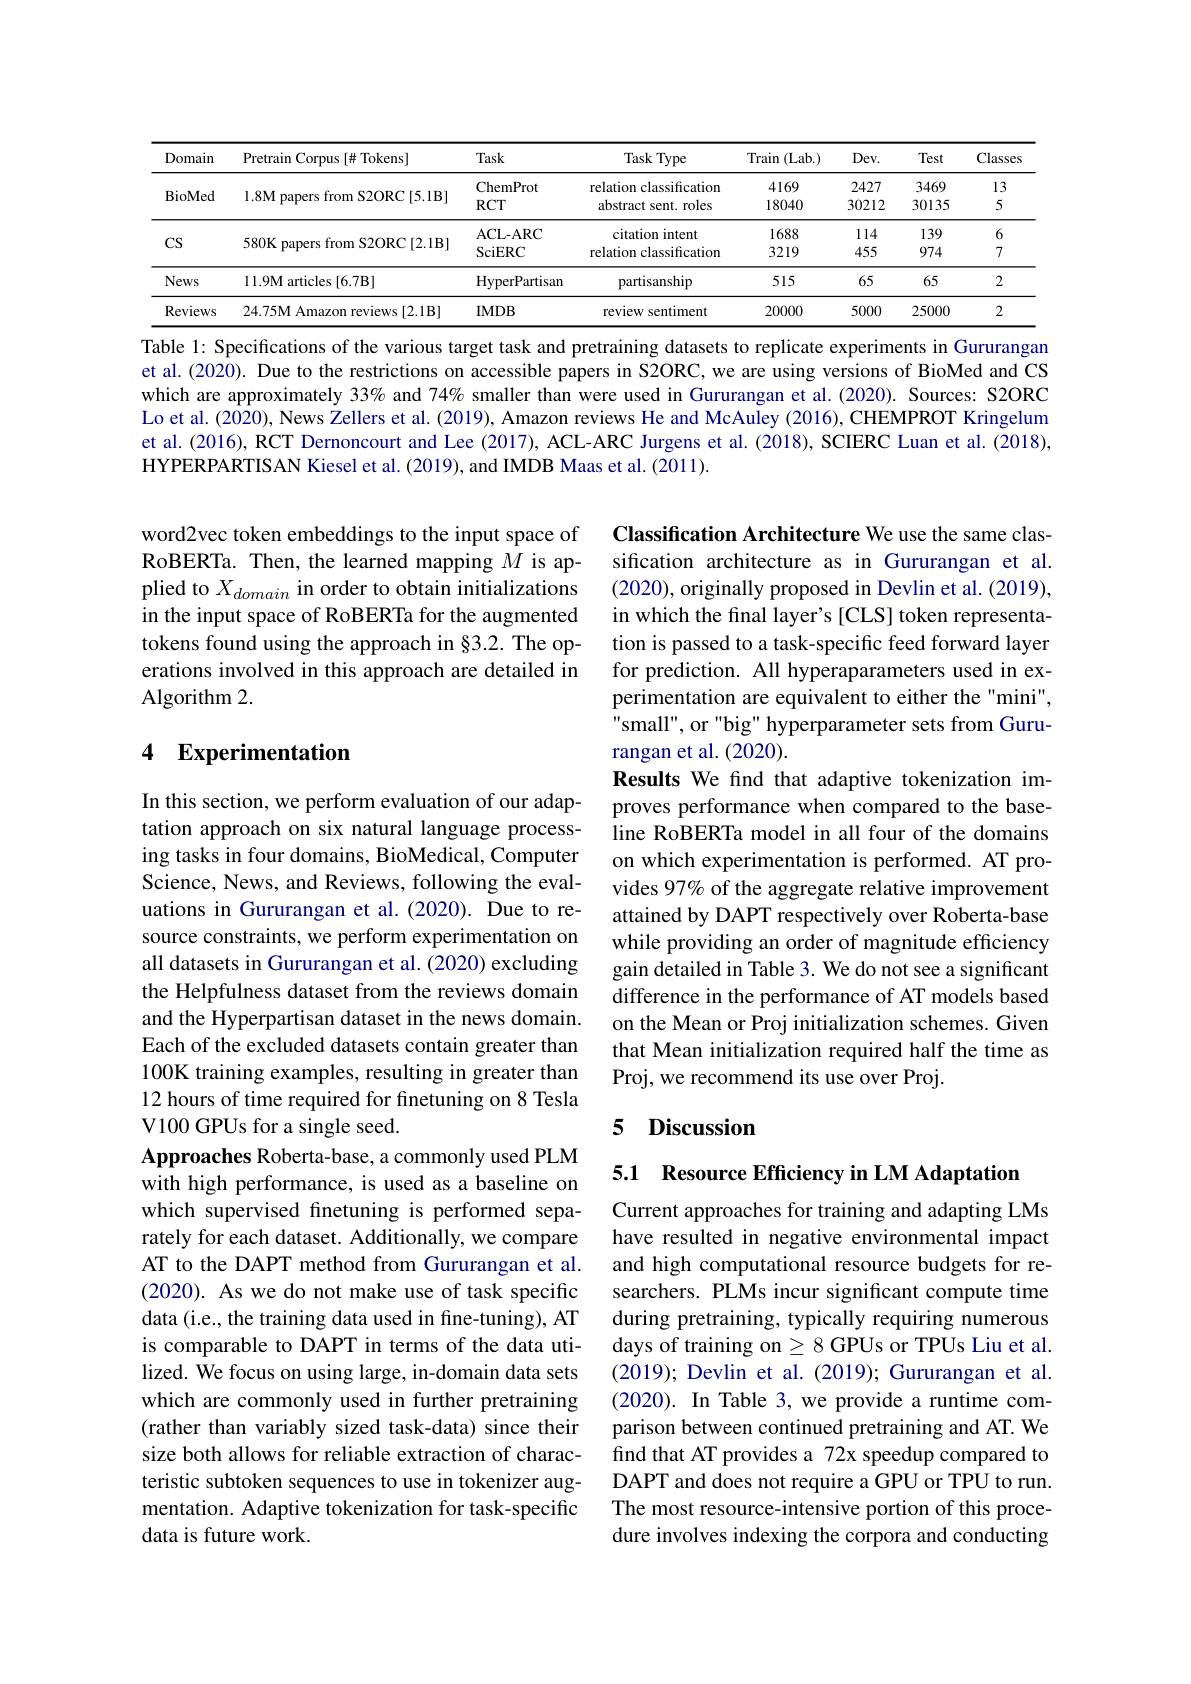
<table>
	<tbody>
		<tr>
			<th>Domain</th>
			<th>Pretrain Corpus [# Tokens]</th>
			<th>Task</th>
			<th>Task Typer</th>
			<th>Train (Lab.)</th>
			<th>$Dev.$</th>
			<th>Test</th>
			<th>Classes</th>
		</tr>
		<tr>
			<td rowspan="2">BioMed</td>
			<td rowspan="2">1.8M papers from S2ORC[5.1B]</td>
			<td>ChemProt</td>
			<td>relation classification</td>
			<td>4169</td>
			<td>2427</td>
			<td>3469</td>
			<td>13</td>
		</tr>
		<tr>
			<td>$RCT$</td>
			<td>abstract sent. roles</td>
			<td>18040</td>
			<td>30212</td>
			<td>30135</td>
			<td>5</td>
		</tr>
		<tr>
			<td rowspan="2">$CS$</td>
			<td rowspan="2">580K papers from S2ORC[2.1B]</td>
			<td>ACL- ARC</td>
			<td>citation intent</td>
			<td>1688</td>
			<td>114</td>
			<td>139</td>
			<td>6</td>
		</tr>
		<tr>
			<td>$\operatorname{SciERC}$</td>
			<td>relation classification</td>
			<td>3219</td>
			<td>455</td>
			<td>974</td>
			<td>7</td>
		</tr>
		<tr>
			<td>News</td>
			<td>11.9M articles [6.7B]</td>
			<td>HyperPartisan</td>
			<td>partisanship</td>
			<td>515</td>
			<td>65</td>
			<td>65</td>
			<td>2</td>
		</tr>
		<tr>
			<td>Reviews</td>
			<td>24.75M Amazo views [ 2. 1B] </td>
			<td>IMDB</td>
			<td>review sentiment T</td>
			<td>20000</td>
			<td>5000</td>
			<td>25000</td>
			<td>2</td>
		</tr>
	</tbody>
</table>

Table 1: Specifications of the various target task and pretraining datasets to replicate experiments in Gururangam et al.(2020). Due to the restrictions on accessible papers in S2ORC, we are using versions of BioMed and CS which are approximately 33% and 74% smaller than were used in Gururangan et al.(2020). Sources: S2ORC Lo et al. (2020), News Zellers et al. (2019), Amazon reviews He and McAuley (2016), CHEMPROT Kringelum et al.(2016), RCT Dernoncourt and Lee (2017), ACL-ARC Jurgens et al.(2018), SCIERC Luan et al.(2018), HYPERPARTISAN Kiesel et al. (2019), and IMDB Maas et al. (2011).

word2vec token embeddings to the input space of RoBERTa. Then, the learned mapping $M$ is applied to $X_domain$ in order to obtain initializations in the input space of RoBERTa for the augmented tokens found using the approach in §3.2. The operations involved in this approach are detailed in Algorithm 2.

## 4 Experimentation

Classification Architecture We use the same classification architecture as in Gururangan et al. (2020), originally proposed in Devlin et al. (2019), in which the final layer's [CLS] token representation is passed to a task-specific feed forward layer for prediction. All hyperaparameters used in experimentation are equivalent to either the"mini", small", or "big" hyperparameter sets from Gururangan et al. (2020).
Results We find that adaptive tokenization improves performance when compared to the baseline RoBERTa model in all four of the domains on which experimentation is performed. AT provides 97% of the aggregate relative improvement attained by DAPT respectively over Roberta-base while providing an order of magnitude efficiency gain detailed in Table 3. We do not see a significant difference in the performance of AT models based on the Mean or Proj initialization schemes. Given that Mean initialization required half the time as Proj, we recommend its use over Proj.

# 5 Discussion

In this section, we perform evaluation of our adaptation approach on six natural language processing tasks in four domains, BioMedical, Computer Science, News, and Reviews, following the evaluations in Gururangan et al.(2020). Due to resource constraints, we perform experimentation on all datasets in Gururangan et al. (2020) excluding the Helpfulness dataset from the reviews domain and the Hyperpartisan dataset in the news domain. Each of the excluded datasets contain greater than 100K training examples, resulting in greater than 12 hours of time required for finetuning on 8 Tesla V100 GPUs for a single seed.
Approaches Roberta-base, a commonly used PLM with high performance, is used as a baseline on which supervised fnetuning is performed separately for each dataset. Additionally, we compare AT to the DAPT method from Gururangan et al. (2020). As we do not make use of task specific data (i.e., the training data used in fine-tuning), AT is comparable to DAPT in terms of the data utilized. We focus on using large, in-domain data sets which are commonly used in further pretraining (rather than variably sized task-data) since their size both allows for reliable extraction of characteristic subtoken sequences to use in tokenizer augmentation. Adaptive tokenization for task-specific data is future work.

5.1 Resource Efficiency in LM Adaptation

Current approaches for training and adapting LMs have resulted in negative environmental impact and high computational resource budgets for researchers. PLMs incur significant compute time during pretraining, typically requiring numerous days of training on $\geq8$ GPUs or TPUs Liu et al. (2019); Devlin et al. (2019); Gururangan et al. (2020). In Table 3, we provide a runtime comparison between continued pretraining and AT. We find that AT provides a 72x speedup compared to DAPT and does not require a GPU or TPU to run. The most resource-intensive portion of this procedure involves indexing the corpora and conducting